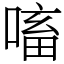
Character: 㗜